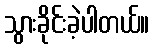
သွားခိုင်းခဲ့ပါတယ်။